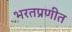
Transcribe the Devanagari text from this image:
भरतप्रणीत